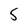
Character: 5